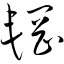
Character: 辋